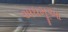
અધમૂઆ